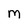
Character: M